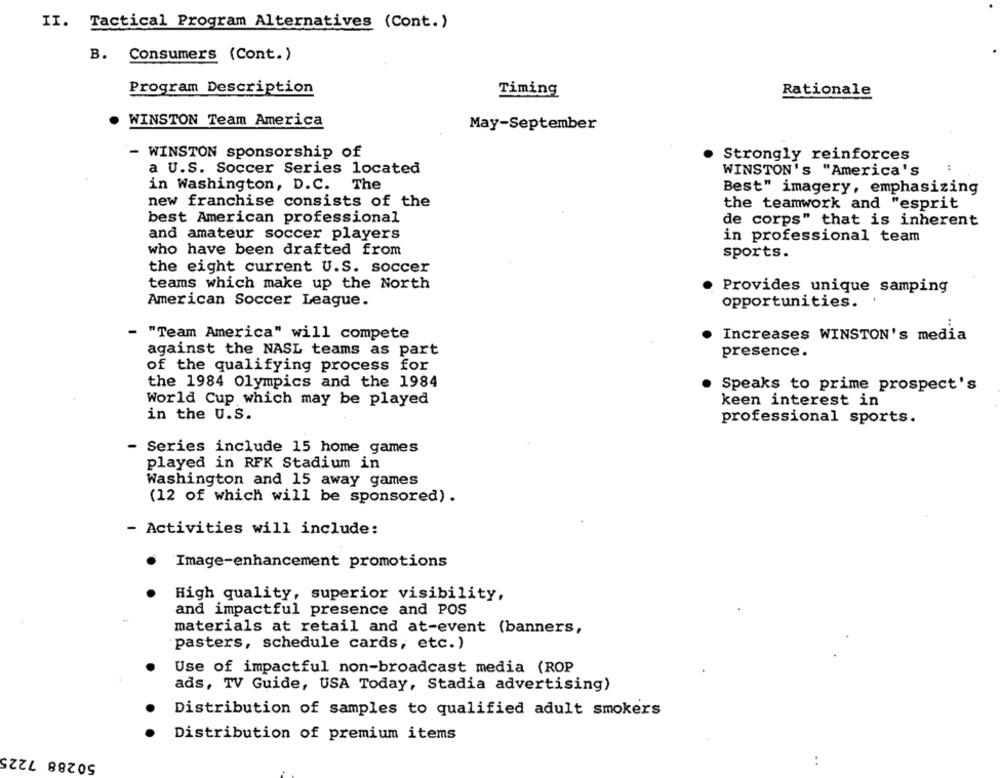
II. Tactical Program Alternatives (Cont.)
B. Consumers (Cont.)
Program Description
Timing
Rationale
WINSTON Team America
May-September
- WINSTON sponsorship of
Strongly reinforces
a U.S. Soccer Series located
WINSTON's "America's
in Washington, D.C. The
Best" imagery, emphasizing
new franchise consists of the
the teamwork and "esprit
best American professional
de corps" that is inherent
and amateur soccer players
in professional team
who have been drafted from
sports.
the eight current U.S. soccer
teams which make up the North
Provides unique samping
American Soccer League.
opportunities.
- "Team America" will compete
Increases WINSTON's media
against the NASL teams as part
presence.
of the qualifying process for
the 1984 Olympics and the 1984
Speaks to prime prospect's
World Cup which may be played
keen interest in
in the U.S.
professional sports.
- Series include 15 home games
played in RFK Stadium in
Washington and 15 away games
(12 of which will be sponsored) .
- Activities will include:
Image-enhancement promotions
High quality, superior visibility,
and impactful presence and POS
materials at retail and at-event (banners,
pasters, schedule cards, etc.)
Use of impactful non-broadcast media (ROP
ads, TV Guide, USA Today, Stadia advertising)
Distribution of samples to qualified adult smokers
Distribution of premium items
50288 7225